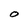
Character: O